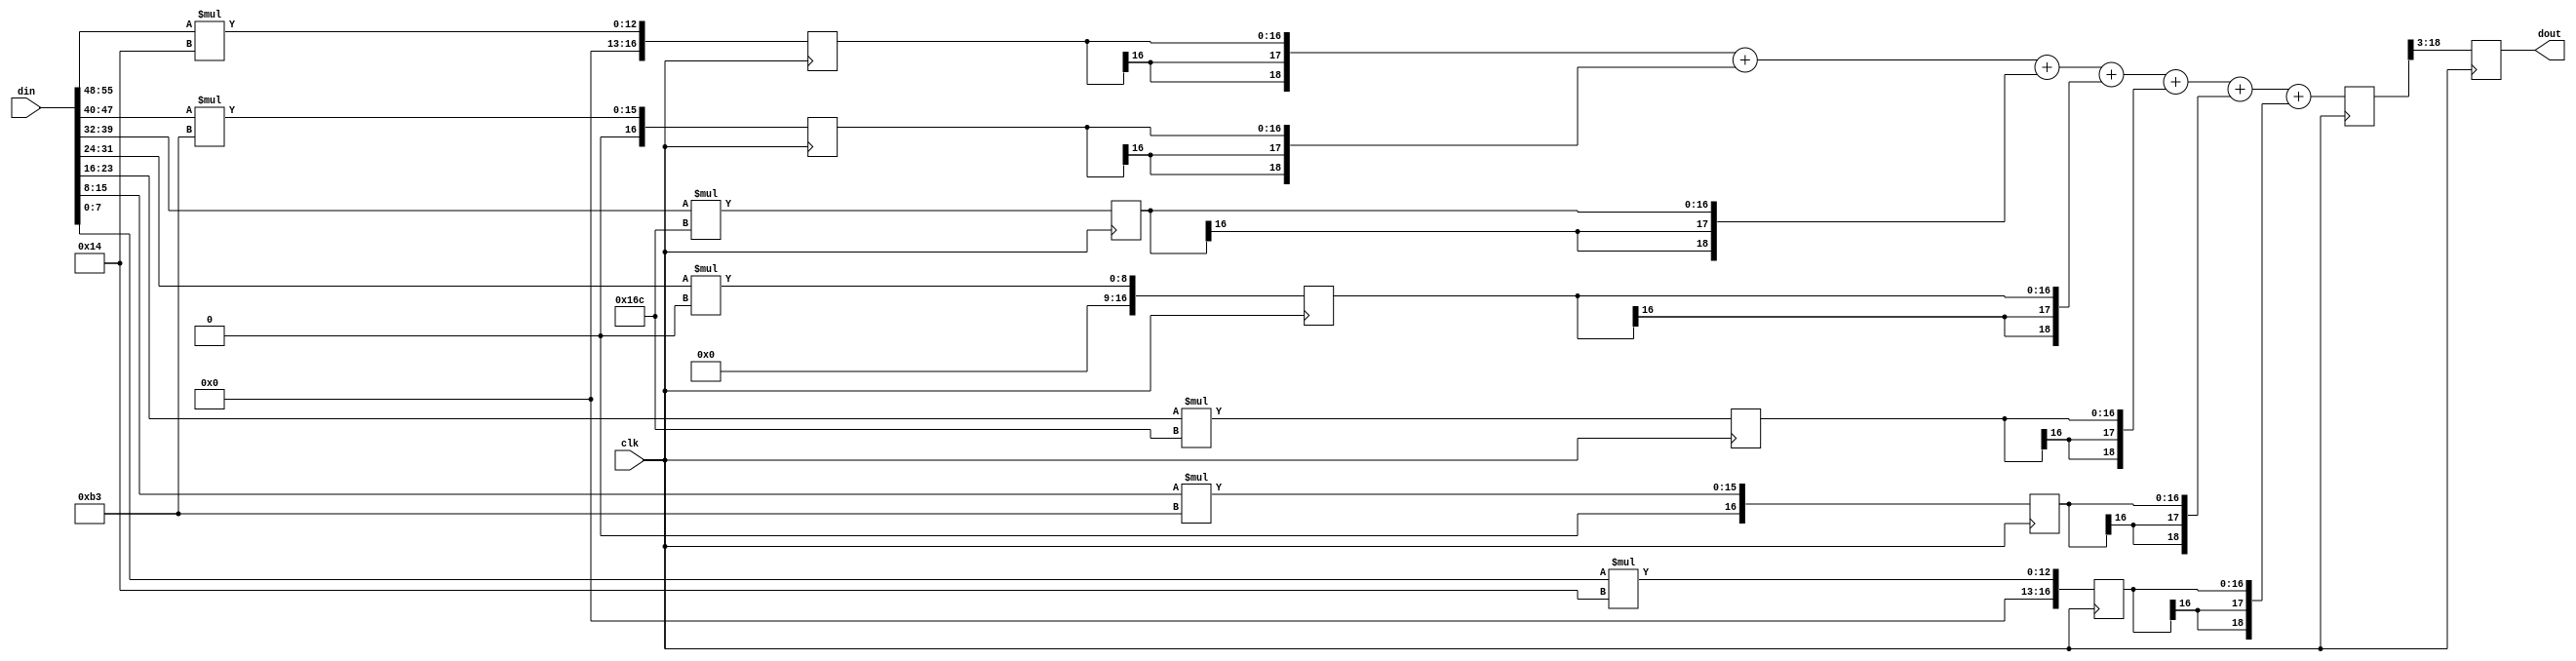
module fltr_compute_f3 (clk, din, dout);
    input clk; 
    input[55:0] din; 
    output[15:0] dout; 
    reg[15:0] dout;
    reg[16:0] q1; 
    reg[16:0] q2; 
    reg[16:0] q3; 
    reg[16:0] q4; 
    reg[16:0] q5; 
    reg[16:0] q6; 
    reg[16:0] q7; 
    reg[19:0] d_out_tmp; 
    always @(posedge clk)
    begin
			q1 <= din[55:48] * 5'b10100;
			q2 <= din[47:40] * 8'b10110011;
			q3 <= din[39:32] * 9'b101101100;
			q4 <= din[31:24] * 16'b0000000000000000;
			q5 <= din[23:16] * 9'b101101100;
			q6 <= din[15:8] * 8'b10110011;
			q7 <= din[7:0] * 5'b10100;
          d_out_tmp <= ({q1[16], q1[16], q1[16], q1}) + ({q2[16], q2[16], q2[16], q2}) + ({q3[16], q3[16], q3[16], q3}) + ({q4[16], q4[16], q4[16], q4}) + ({q5[16], q5[16], q5[16], q5}) + ({q6[16], q6[16], q6[16], q6}) + ({q7[16], q7[16], q7[16], q7});
          dout <= d_out_tmp[18:3] ; 
    end 
 endmodule